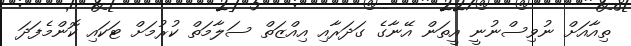
ތިއާއަށް ނުވިސްނުނީ އީތަން އޭނާގެ ގަދަރާއި އިއްޒަތް ސަލާމަތް ކުރުމަށް ޓަކައި ކޮންމެފަދަ